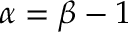
\alpha = \beta - 1